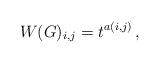
LaTeX: \begin{align*}W(G)_{i,j}=t^{a(i,j)}\,,\end{align*}